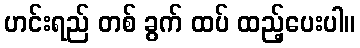
ဟင်းရည် တစ် ခွက် ထပ် ထည့်ပေးပါ။